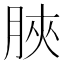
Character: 脥